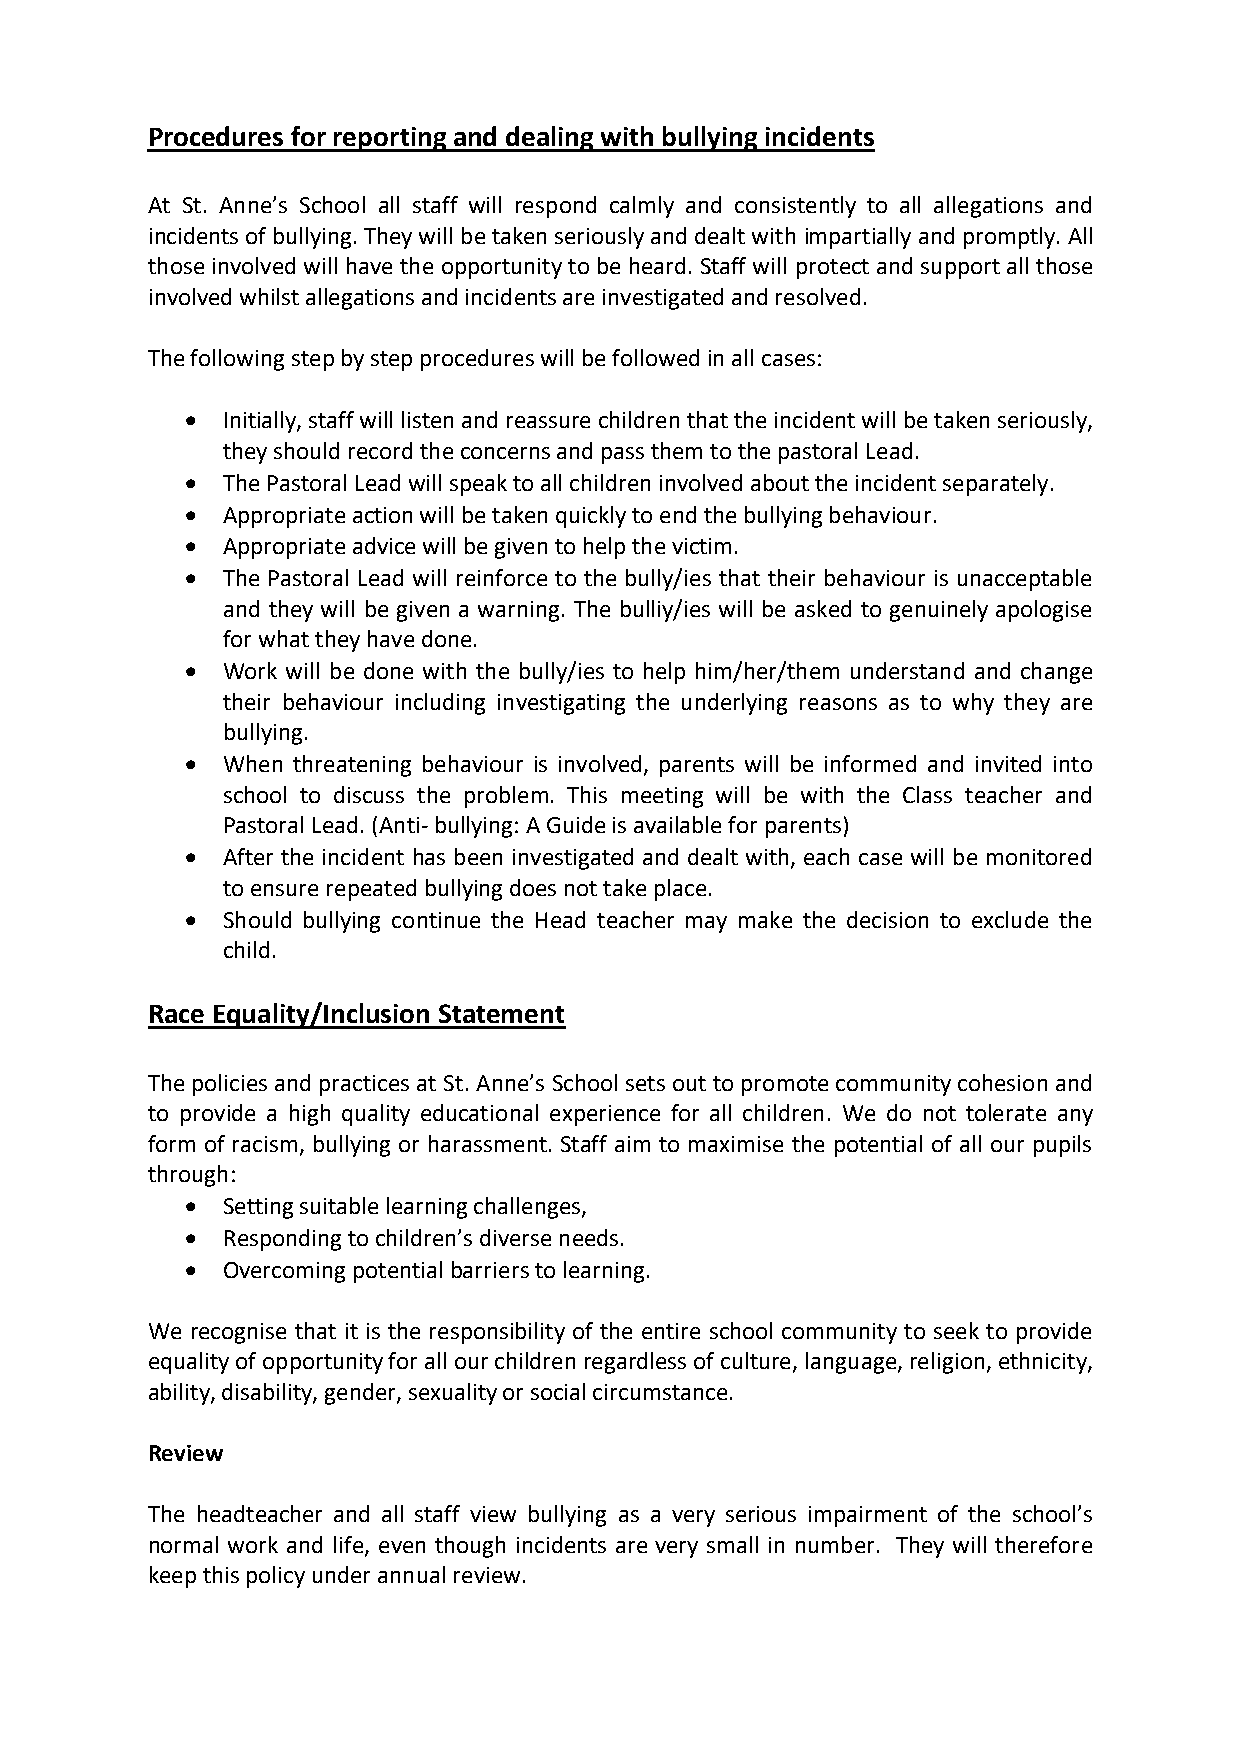
Procedures for reporting and dealing with bullying incidents
 At St. Anne’s School all staff will respond calmly and consistently to all allegations and
 incidents of bullying. They will be taken seriously and dealt with impartially and promptly. All
 those involved will have the opportunity to be heard. Staff will protect and support all those
 involved whilst allegations and incidents are investigated and resolved.
 The following step by step procedures will be followed in all cases:
   Initially, staff will listen and reassure children that the incident will be taken seriously,
 they should record the concerns and pass them to the pastoral Lead.
   The Pastoral Lead will speak to all children involved about the incident separately.
   Appropriate action will be taken quickly to end the bullying behaviour.
   Appropriate advice will be given to help the victim.
   The Pastoral Lead will reinforce to the bully/ies that their behaviour is unacceptable
 and they will be given a warning. The bulliy/ies will be asked to genuinely apologise
 for what they have done.
   Work will be done with the bully/ies to help him/her/them understand and change
 their behaviour including investigating the underlying reasons as to why they are
 bullying.
   When threatening behaviour is involved, parents will be informed and invited into
 school to discuss the problem. This meeting will be with the Class teacher and
 Pastoral Lead. (Anti- bullying: A Guide is available for parents)
   After the incident has been investigated and dealt with, each case will be monitored
 to ensure repeated bullying does not take place.
   Should bullying continue the Head teacher may make the decision to exclude the
 child.
 Race Equality/Inclusion Statement
 The policies and practices at St. Anne’s School sets out to promote community cohesion and
 to provide a high quality educational experience for all children. We do not tolerate any
 form of racism, bullying or harassment. Staff aim to maximise the potential of all our pupils
 through:
   Setting suitable learning challenges,
   Responding to children’s diverse needs.
   Overcoming potential barriers to learning.
 We recognise that it is the responsibility of the entire school community to seek to provide
 equality of opportunity for all our children regardless of culture, language, religion, ethnicity,
 ability, disability, gender, sexuality or social circumstance.
 Review
 The headteacher and all staff view bullying as a very serious impairment of the school’s
 normal work and life, even though incidents are very small in number. They will therefore
 keep this policy under annual review.